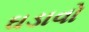
ઘડાવો